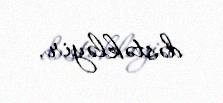
dəstəkləyir.